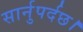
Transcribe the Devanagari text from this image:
सार्नुपर्दछ।